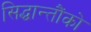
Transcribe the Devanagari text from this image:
सिद्धान्तौंको